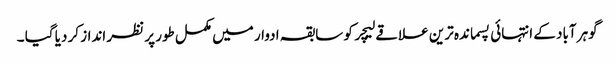
گوہر آباد کے انتہائی پسماندہ ترین علاقے لیچر کو سابقہ ادوار میں مکمل طور پر نظر انداز کر دیا گیا ۔